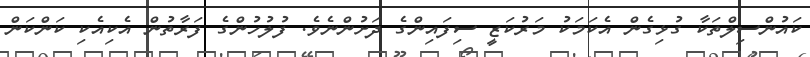
ކައުންސިލްތަކާ ގުޅިގެން އެކަމަކު މަރުކަޒީ ސިފައިންގެ ދަށުންނެވެ. ފުލުހުންގެ ފަރާތުން އެކިއެކި ކަންކަން